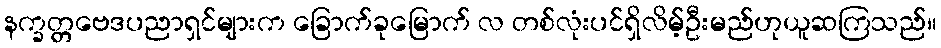
နက္ခတ္တဗေဒပညာရှင်များက ခြောက်ခုမြောက် လ တစ်လုံးပင်ရှိလိမ့်ဦးမည်ဟုယူဆကြသည်။